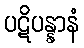
ပဋိပန္နာနံ